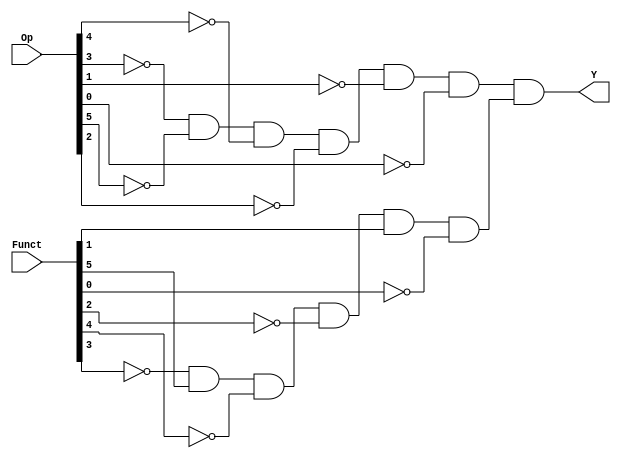
// Copyright (C) 2018  Intel Corporation. All rights reserved.
// Your use of Intel Corporation's design tools, logic functions 
// and other software and tools, and its AMPP partner logic 
// functions, and any output files from any of the foregoing 
// (including device programming or simulation files), and any 
// associated documentation or information are expressly subject 
// to the terms and conditions of the Intel Program License 
// Subscription Agreement, the Intel Quartus Prime License Agreement,
// the Intel FPGA IP License Agreement, or other applicable license
// agreement, including, without limitation, that your use is for
// the sole purpose of programming logic devices manufactured by
// Intel and sold by Intel or its authorized distributors.  Please
// refer to the applicable agreement for further details.

// PROGRAM		"Quartus Prime"
// VERSION		"Version 18.1.0 Build 625 09/12/2018 SJ Lite Edition"
// CREATED		"Tue Nov 17 22:12:45 2020"

module SUB(
	Funct,
	Op,
	Y
);


input wire	[5:0] Funct;
input wire	[31:26] Op;
output wire	Y;

wire	SYNTHESIZED_WIRE_0;
wire	SYNTHESIZED_WIRE_1;
wire	SYNTHESIZED_WIRE_2;
wire	SYNTHESIZED_WIRE_3;
wire	SYNTHESIZED_WIRE_4;
wire	SYNTHESIZED_WIRE_5;
wire	SYNTHESIZED_WIRE_6;
wire	SYNTHESIZED_WIRE_7;
wire	SYNTHESIZED_WIRE_8;
wire	SYNTHESIZED_WIRE_9;
wire	SYNTHESIZED_WIRE_10;
wire	SYNTHESIZED_WIRE_11;




assign	SYNTHESIZED_WIRE_6 = SYNTHESIZED_WIRE_0 & SYNTHESIZED_WIRE_1 & SYNTHESIZED_WIRE_2 & SYNTHESIZED_WIRE_3 & SYNTHESIZED_WIRE_4 & SYNTHESIZED_WIRE_5;

assign	Y = SYNTHESIZED_WIRE_6 & SYNTHESIZED_WIRE_7;

assign	SYNTHESIZED_WIRE_11 =  ~Funct[0];

assign	SYNTHESIZED_WIRE_7 = SYNTHESIZED_WIRE_8 & Funct[5] & SYNTHESIZED_WIRE_9 & SYNTHESIZED_WIRE_10 & Funct[1] & SYNTHESIZED_WIRE_11;

assign	SYNTHESIZED_WIRE_10 =  ~Funct[2];

assign	SYNTHESIZED_WIRE_2 =  ~Op[30];

assign	SYNTHESIZED_WIRE_0 =  ~Op[29];

assign	SYNTHESIZED_WIRE_4 =  ~Op[27];

assign	SYNTHESIZED_WIRE_5 =  ~Op[26];

assign	SYNTHESIZED_WIRE_1 =  ~Op[31];

assign	SYNTHESIZED_WIRE_3 =  ~Op[28];

assign	SYNTHESIZED_WIRE_9 =  ~Funct[4];

assign	SYNTHESIZED_WIRE_8 =  ~Funct[3];


endmodule